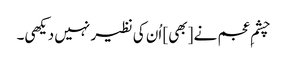
چشمِ عجم نے [بھی] اُن کی نظیر نہیں دیکھی۔